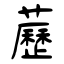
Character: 藶